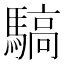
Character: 䮦